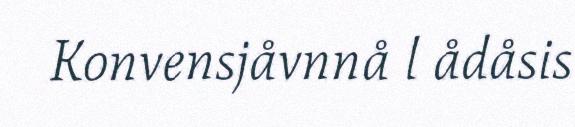
Konvensjåvnnå l ådåsis